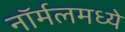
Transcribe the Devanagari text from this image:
नॉर्मलमध्ये